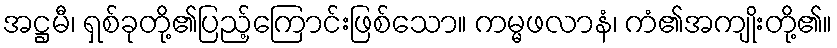
အဋ္ဌမီ၊ ရှစ်ခုတို့၏ပြည့်ကြောင်းဖြစ်သော။ ကမ္မဖလာနံ၊ ကံ၏အကျိုးတို့၏။